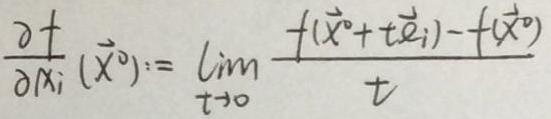
\(\frac{\partial f}{\partial x_i}(\vec{x}^0) := \lim_{t \to 0} \frac{f(\vec{x}^0 + t\vec{e}_i) - f(\vec{x}^0)}{t}\)